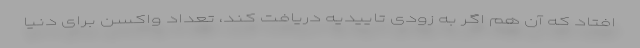
افتاد که آن هم اگر به زودی تاییدیه دریافت کند، تعداد واکسن برای دنیا